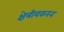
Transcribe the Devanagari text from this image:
क्षेत्रीयकरन